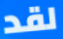
لقد